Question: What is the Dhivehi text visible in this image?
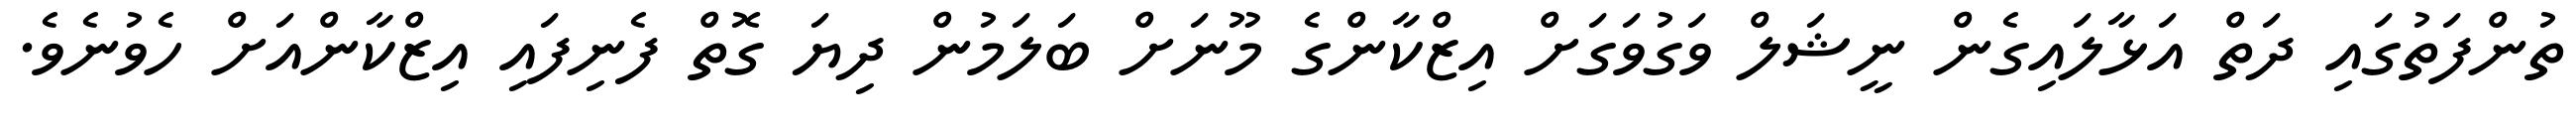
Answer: ތުންފަތުގައި ދަތް އަޅާލައިގެން ނީޝަލް ވަގުވަގަށް އިޒްކާންގެ މޫނަށް ބަލަމުން ދިޔަ ގޮތް ފެނިފައި އިޒްކާންއަށް ހެވުނެވެ.